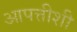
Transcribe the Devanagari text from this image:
आपत्तीशी